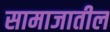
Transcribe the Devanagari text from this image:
सामाजातील